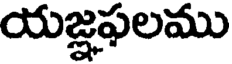
యజ్ఞఫలము